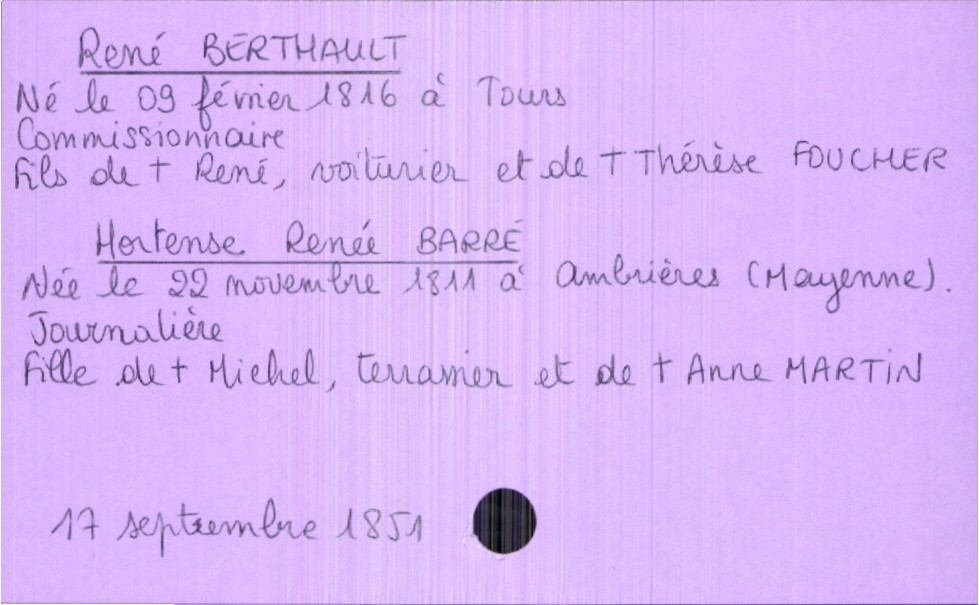
type_acte: Mariage
année: 1851
mois: septembre
jour: 17
marié_nom: Berthault
marié_prénom: René
marié_profession: commissionnaire
marié_date_de_naissance: 09 février 1816
marié_lieu_de_naissance: Tours
père_marié_nom: Berthault
père_marié_prénom: René
père_marié_profession: voiturier
père_marié_statut: décédé
mère_marié_nom: Foucher
mère_marié_prénom: Thérèse
mère_marié_statut: décédée
mariée_nom: Barré
mariée_prénom: Hortense Renée
mariée_profession: journalière
mariée_date_de_naissance: 22 novembre 1811
mariée_lieu_de_naissance: Ambrières (Mayenne)
père_mariée_nom: Barré
père_mariée_prénom: Michel
père_mariée_profession: terrassier
père_mariée_statut: décédé
mère_mariée_nom: Martin
mère_mariée_prénom: Anne
mère_mariée_statut: décédée